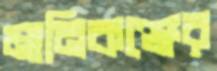
মানিকঞ্জের